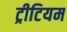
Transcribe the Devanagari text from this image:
ट्रीटियम